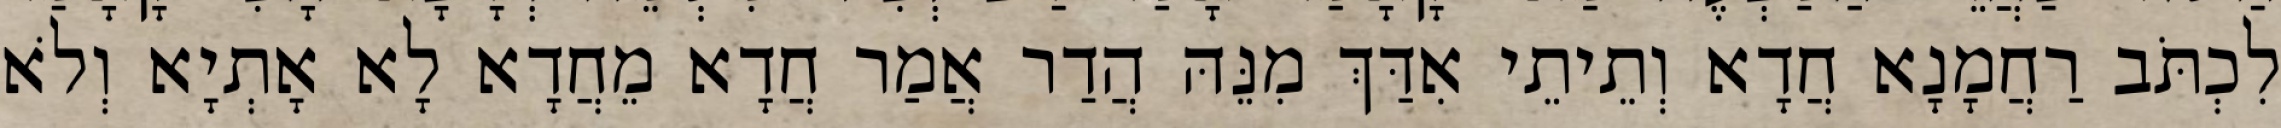
לִכְתֹּב רַחֲמָנָא חֲדָא וְתֵיתֵי אִדַּךְ מִנֵּהּ הֲדַר אֲמַר חֲדָא מֵחֲדָא לָא אָתְיָא וְלֹא